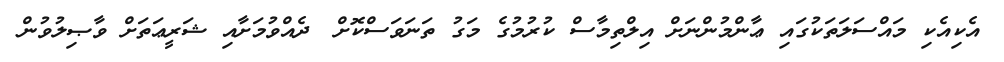
އެކިއެކި މައްސަލަތަކުގައި ޢާންމުންނަށް އިލްތިމާސް ކުރުމުގެ މަގު ތަނަވަސްކޮށް	 ދެއްވުމަށާއި ޝަރީޢަތަށް ވާޞިލުވުން